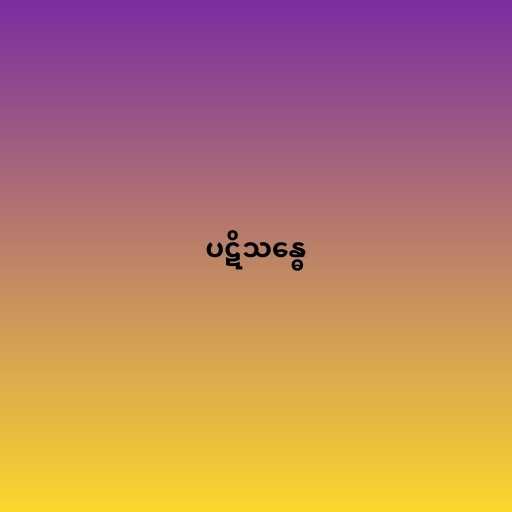
ပဋိသန္ဓေ